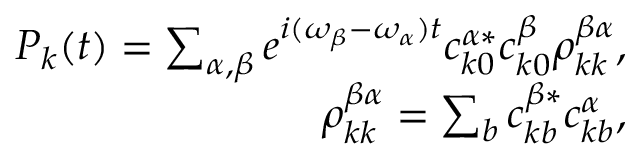
\begin{array} { r } { P _ { k } ( t ) = \sum _ { \alpha , \beta } e ^ { i ( \omega _ { \beta } - \omega _ { \alpha } ) t } c _ { k 0 } ^ { \alpha * } c _ { k 0 } ^ { \beta } \rho _ { k k } ^ { \beta \alpha } , } \\ { \rho _ { k k } ^ { \beta \alpha } = \sum _ { b } c _ { k b } ^ { \beta * } c _ { k b } ^ { \alpha } , } \end{array}